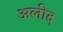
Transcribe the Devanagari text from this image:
अलीद